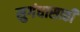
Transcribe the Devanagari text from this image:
सुगंधासाठी